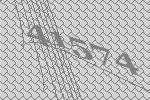
41574